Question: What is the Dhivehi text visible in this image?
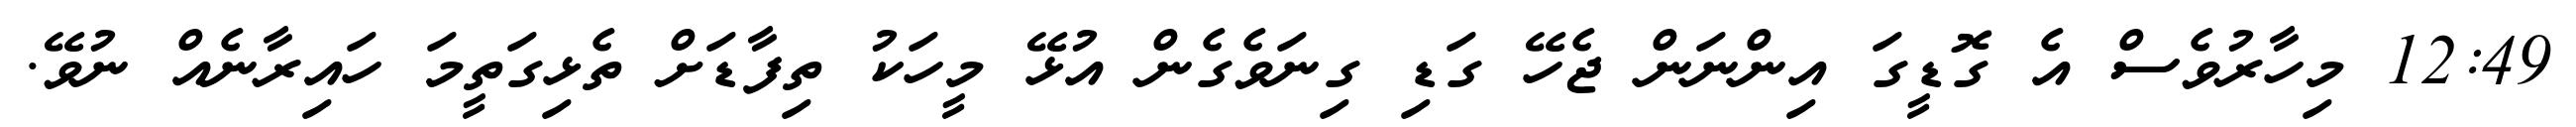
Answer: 12:49 މިހާރުވެސް އެ ގޮޑީގަ އިންނަން ޖެހޭ ގަޑި ގިނަވެގެން އުޅޭ މީހަކު ތިފާޑަށް ތެޅިގަތީމަ ހައިރާނެއް ނުވޭ.